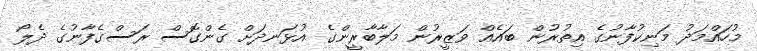
މުހައްމަދު މަނިކުފާނުގެ އިތުރުން ބައެއް ވަޒީރުން މަލާބާރީންގެ އުޅަނދަށް ގެންގޮސް ރަސްގެފާނުގެ ދެލޯ